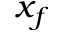
x _ { f }